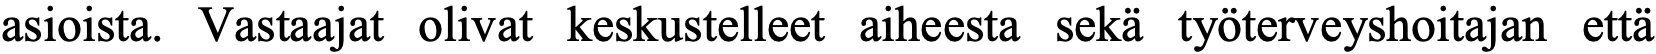
asioista. Vastaajat olivat keskustelleet aiheesta sekä työterveyshoitajan että